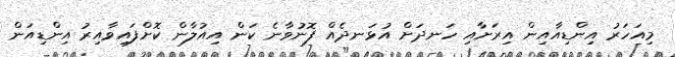
މިއަހަރު އިންޑިއާއިން އިރަށާއި ހަނދަށް އުޅަނދެއް ފޮނުވާނެ ކަން އިއުލާން ކޮށްފައިވާއިރު އިންޑިއަން